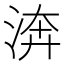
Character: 渀